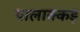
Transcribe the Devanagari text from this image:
पालाक्कड़